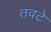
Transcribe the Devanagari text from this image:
तवटे